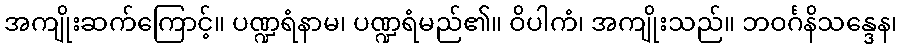
အကျိုးဆက်ကြောင့်။ ပဏ္ဍရံနာမ၊ ပဏ္ဍရံမည်၏။ ဝိပါကံ၊ အကျိုးသည်။ ဘဝင်္ဂနိသန္ဒေန၊